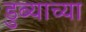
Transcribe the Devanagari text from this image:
डुब्याच्या